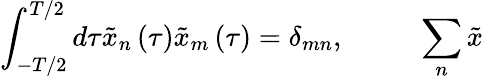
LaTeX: \int_{-T/2}^{T/2}d\tau\tilde{x}_{n}\left(\tau\right)\tilde{x}_{m}\left(\tau\right)=\delta_{mn},\mathrm{~\ \ \ \ \ \ \ \ \ }\sum_{n}\tilde{x}